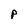
Character: P